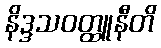
နိဒ္ဒသဝတ္ထူနီတိ